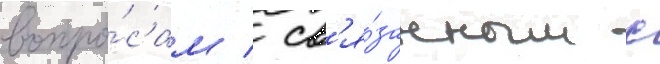
вопро́сам / св'я́занным с